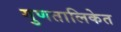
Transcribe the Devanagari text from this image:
गुणतालिकेत